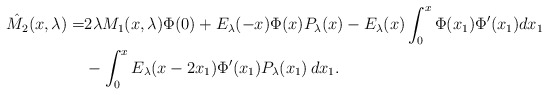
\begin{align*} \hat{M_2}(x,\lambda)=& 2\lambda M_1(x,\lambda)\Phi(0)+ E_\lambda(-x)\Phi(x)P_\lambda(x) -E_\lambda(x)\int_0^x\Phi(x_1)\Phi'(x_1)dx_1 \\ & - \int_0^xE_{\lambda}(x-2x_1)\Phi'(x_1)P_\lambda(x_1)\,dx_1.\end{align*}